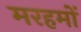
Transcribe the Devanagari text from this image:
मरहमों